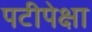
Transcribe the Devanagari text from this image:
पटीपेक्षा